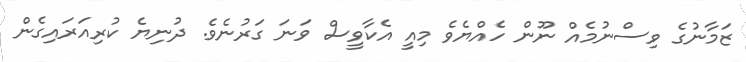
ޒަމާނުގެ ވިސްނުމެއް ނޫން ހެއްޔެވެ މިއީ އެކާވީސް ވަނަ ގަރުނެވެ. ދުނިޔެ ކުރިއަރައިގެން